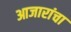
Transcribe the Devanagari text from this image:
आजारांचा